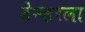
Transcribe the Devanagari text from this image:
डेन्व्हरला